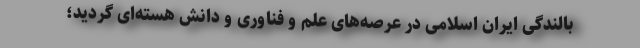
بالندگی ایران اسلامی در عرصه‌های علم و فناوری و دانش هسته‌ای گردید؛